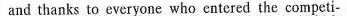
and thanks to everyone who entered the competi-